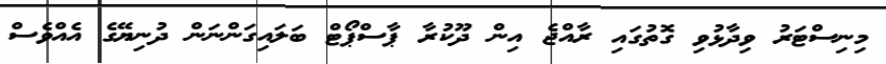
މިނިސްޓަރު ވިދާޅުވި ގޮތުގައި ރާއްޖެ އިން ދޫކުރާ ޕާސްޕޯޓް ބަލައިގަންނަން ދުނިޔޭގެ އެއްވެސް